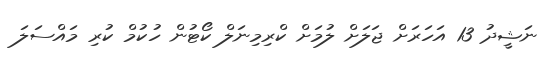
ނަޝީދު 13 އަހަރަށް ޖަލަށް ލުމަށް ކްރިމިނަލް ކޯޓުން ހުކުމް ކުރި މައްސަލަ